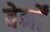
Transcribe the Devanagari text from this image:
वेर्नों